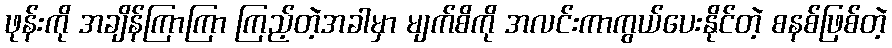
ဖုန်းကို အချိန်ကြာကြာ ကြည့်တဲ့အခါမှာ မျက်စိကို အလင်းကာကွယ်ပေးနိုင်တဲ့ စနစ်ဖြစ်တဲ့